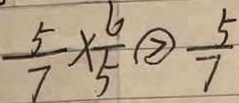
\frac { 5 } { 7 } \times \frac { 6 } { 5 } \textcircled { > } \frac { 5 } { 7 }